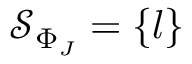
\mathcal { S } _ { \Phi _ { J } } = \{ l \}